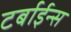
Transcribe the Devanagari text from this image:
टर्बाईन्स